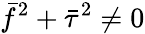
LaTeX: \bar{f}^{2}+\bar{\tau}^{2}\neq 0